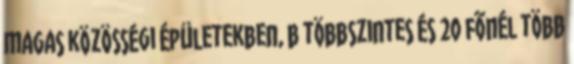
magas közösségi épületekben, b többszintes és 20 fõnél több